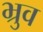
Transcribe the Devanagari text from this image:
भ्रुव